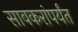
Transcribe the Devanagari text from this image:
सावकरांपर्यंत